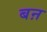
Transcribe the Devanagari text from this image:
बऩ